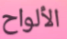
الألواح